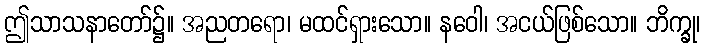
ဤသာသနာတော်၌။ အညတရော၊ မထင်ရှားသော။ နဝေါ၊ အငယ်ဖြစ်သော။ ဘိက္ခု၊